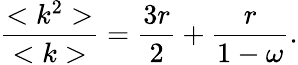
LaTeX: \frac{<k^{2}>}{<k>}=\frac{3r}{2}+\frac{r}{1-\omega}.